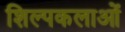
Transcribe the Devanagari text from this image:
शिल्पकलाओं